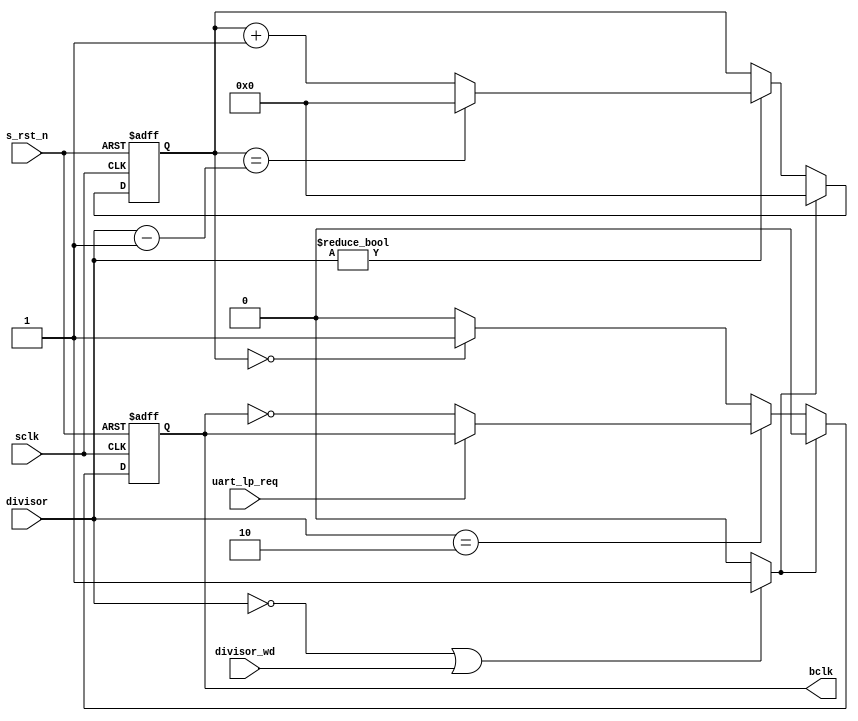
// ---------------------------------------------------------------------
//
//  ------------------------------------------------------------------------
//
//                    (C) COPYRIGHT 2002 - 2016 SYNOPSYS, INC.
//                            ALL RIGHTS RESERVED
//
//  This software and the associated documentation are confidential and
//  proprietary to Synopsys, Inc.  Your use or disclosure of this
//  software is subject to the terms and conditions of a written
//  license agreement between you, or your company, and Synopsys, Inc.
//
// The entire notice above must be reproduced on all authorized copies.
//
//  ------------------------------------------------------------------------

// 
// Release version :  4.01a
// File Version     :        $Revision: #11 $ 
// Revision: $Id: //dwh/DW_ocb/DW_apb_uart/amba_dev/src/DW_apb_uart_bclk_gen.v#11 $ 
//
//
//
// Abstract     :               UART baud clock generator
//
// ---------------------------------------------------------------------
// ---------------------------------------------------------------------

// -----------------------------------------------------------
// -- UART Divisor Width Macro
// -----------------------------------------------------------
`define   UART_DIV_WIDTH    16

module i_uart_DW_apb_uart_bclk_gen
  (
   // Inputs
   sclk,
   s_rst_n,
   divisor,
   divisor_wd,
   uart_lp_req,
   bclk
   );

   input                         sclk;          // clock
   input                         s_rst_n;       // active low async reset
   input  [`UART_DIV_WIDTH-1:0]  divisor;       // clock divisor
   input                         divisor_wd;    // divisor change indicator
   input                         uart_lp_req;   // uart low power request
                                                // clock clear indicator

   output                        bclk;          // baud clock

   reg                           next_bclk;     // Next bclk
   reg                           bclk;          // baud clock
   reg    [`UART_DIV_WIDTH-1:0]  cnt;           // clock counter reg

   wire                          clear;         // counter and generated
                                                // clock clear indicator
   wire                          int_divisor_wd;// internal divisor_wd



   // Counts the number of sclk cycles that have passed,
   // up to the divisor value minus one. When this value
   // is reached OR a clear occurs the counter wraps to
   // zero.
   // Used in the generation of the baud clock signals
   //
   // clear is the highest precedence as the divisor could be changed 
   // to be lower than the cnt value and we would have lockout.
   always @ (posedge sclk or negedge s_rst_n)
     begin : cnt_PROC
       if(s_rst_n == 1'b0)
         begin
           cnt     <= {`UART_DIV_WIDTH{1'b0}};
         end
       else
         begin
           if(clear) begin
             cnt <= {`UART_DIV_WIDTH{1'b0}};
           end else begin
             if(divisor != {`UART_DIV_WIDTH{1'b0}})
             begin
               if(cnt == (divisor -{{(`UART_DIV_WIDTH-1){1'b0}},{1'b1}}))
                 begin
                   cnt <= {`UART_DIV_WIDTH{1'b0}};
                 end
               else
                 begin
                   cnt <= cnt + {{(`UART_DIV_WIDTH-1){1'b0}},{1'b1}};
                 end
             end
           end
          end
     end // block: cnt_PROC

   // The clear signal gets asserted when the divisor is zero or
   // whenever the divisor value is going to be changed as indicated
   // by the assertion of divisor_wd signal
   assign clear = ((divisor == {`UART_DIV_WIDTH{1'b0}}) || int_divisor_wd 
   ) ? 1 : 0;

   // Internal divisor_wd, is asserted when the divisor_wd edge detect
   // signal is asserted when the DW_apb_uart is configured to have two
   // clocks, else it is asserted when the divisor_wd signal is asserted
   assign int_divisor_wd = divisor_wd;


   // Baud clock generator
   // When clear is asserted the baud clock signal is set to
   // its inactive state, the assertion of the baud clock signal
   // is determined by the current value of the clock counter.
   // some examples of baud clock assertion for differing
   // divisors are as follows:
   //
   //          _   _   _   _   _   _   _
   //  sclk  _| |_| |_| |_| |_| |_| |_| |_
   //        _____
   //  clear      |_______________________
   //
   //  Divisor of 2
   //        _________ ___ ___ ___ ___ ___
   //  cnt   ___0_____X_1_X_0_X_1_X_0_X_1_X
   //                  ___     ___     ___
   //  bclk  _________|   |___|   |___|   |
   //
   //  Divisor of 3
   //        _________ ___ ___ ___ ___ ___
   //  cnt   ___0_____X_1_X_2_X_0_X_1_X_2_X
   //                  ___         ___
   //  bclk  _________|   |_______|   |___
   //
   //  Divisor of 5
   //        _________ ___ ___ ___ ___ ___
   //  cnt   ___0_____X_1_X_2_X_3_X_4_X_0_X
   //                  ___
   //  bclk  _________|   |_______________|
   //
   always @ (posedge sclk or negedge s_rst_n)
     begin : bclk_PROC
     if (s_rst_n == 1'b0)
       bclk <= 1'b0;
     else
       bclk <= next_bclk;
   end

   // Next bclk
   always @(uart_lp_req or clear or divisor or bclk or cnt)
     begin : next_bclk_PROC
       if(clear)
         next_bclk = 1'b0;
       else if(divisor == 16'b10)
         if (uart_lp_req == 1) next_bclk = bclk;
         else                  next_bclk = ~bclk;
       else if(cnt == {`UART_DIV_WIDTH{1'b0}})
         next_bclk = 1'b1;
       else
         next_bclk = 1'b0;
     end



                   


//-----------------------------------------------------------------------------
//--         FRACTIONAL BAUD RATE enhancements below                         --
//--                                                                         --
//-----------------------------------------------------------------------------

endmodule